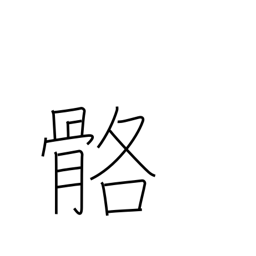
Meaning: bleached bones